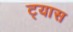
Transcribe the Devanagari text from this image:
ट्यास